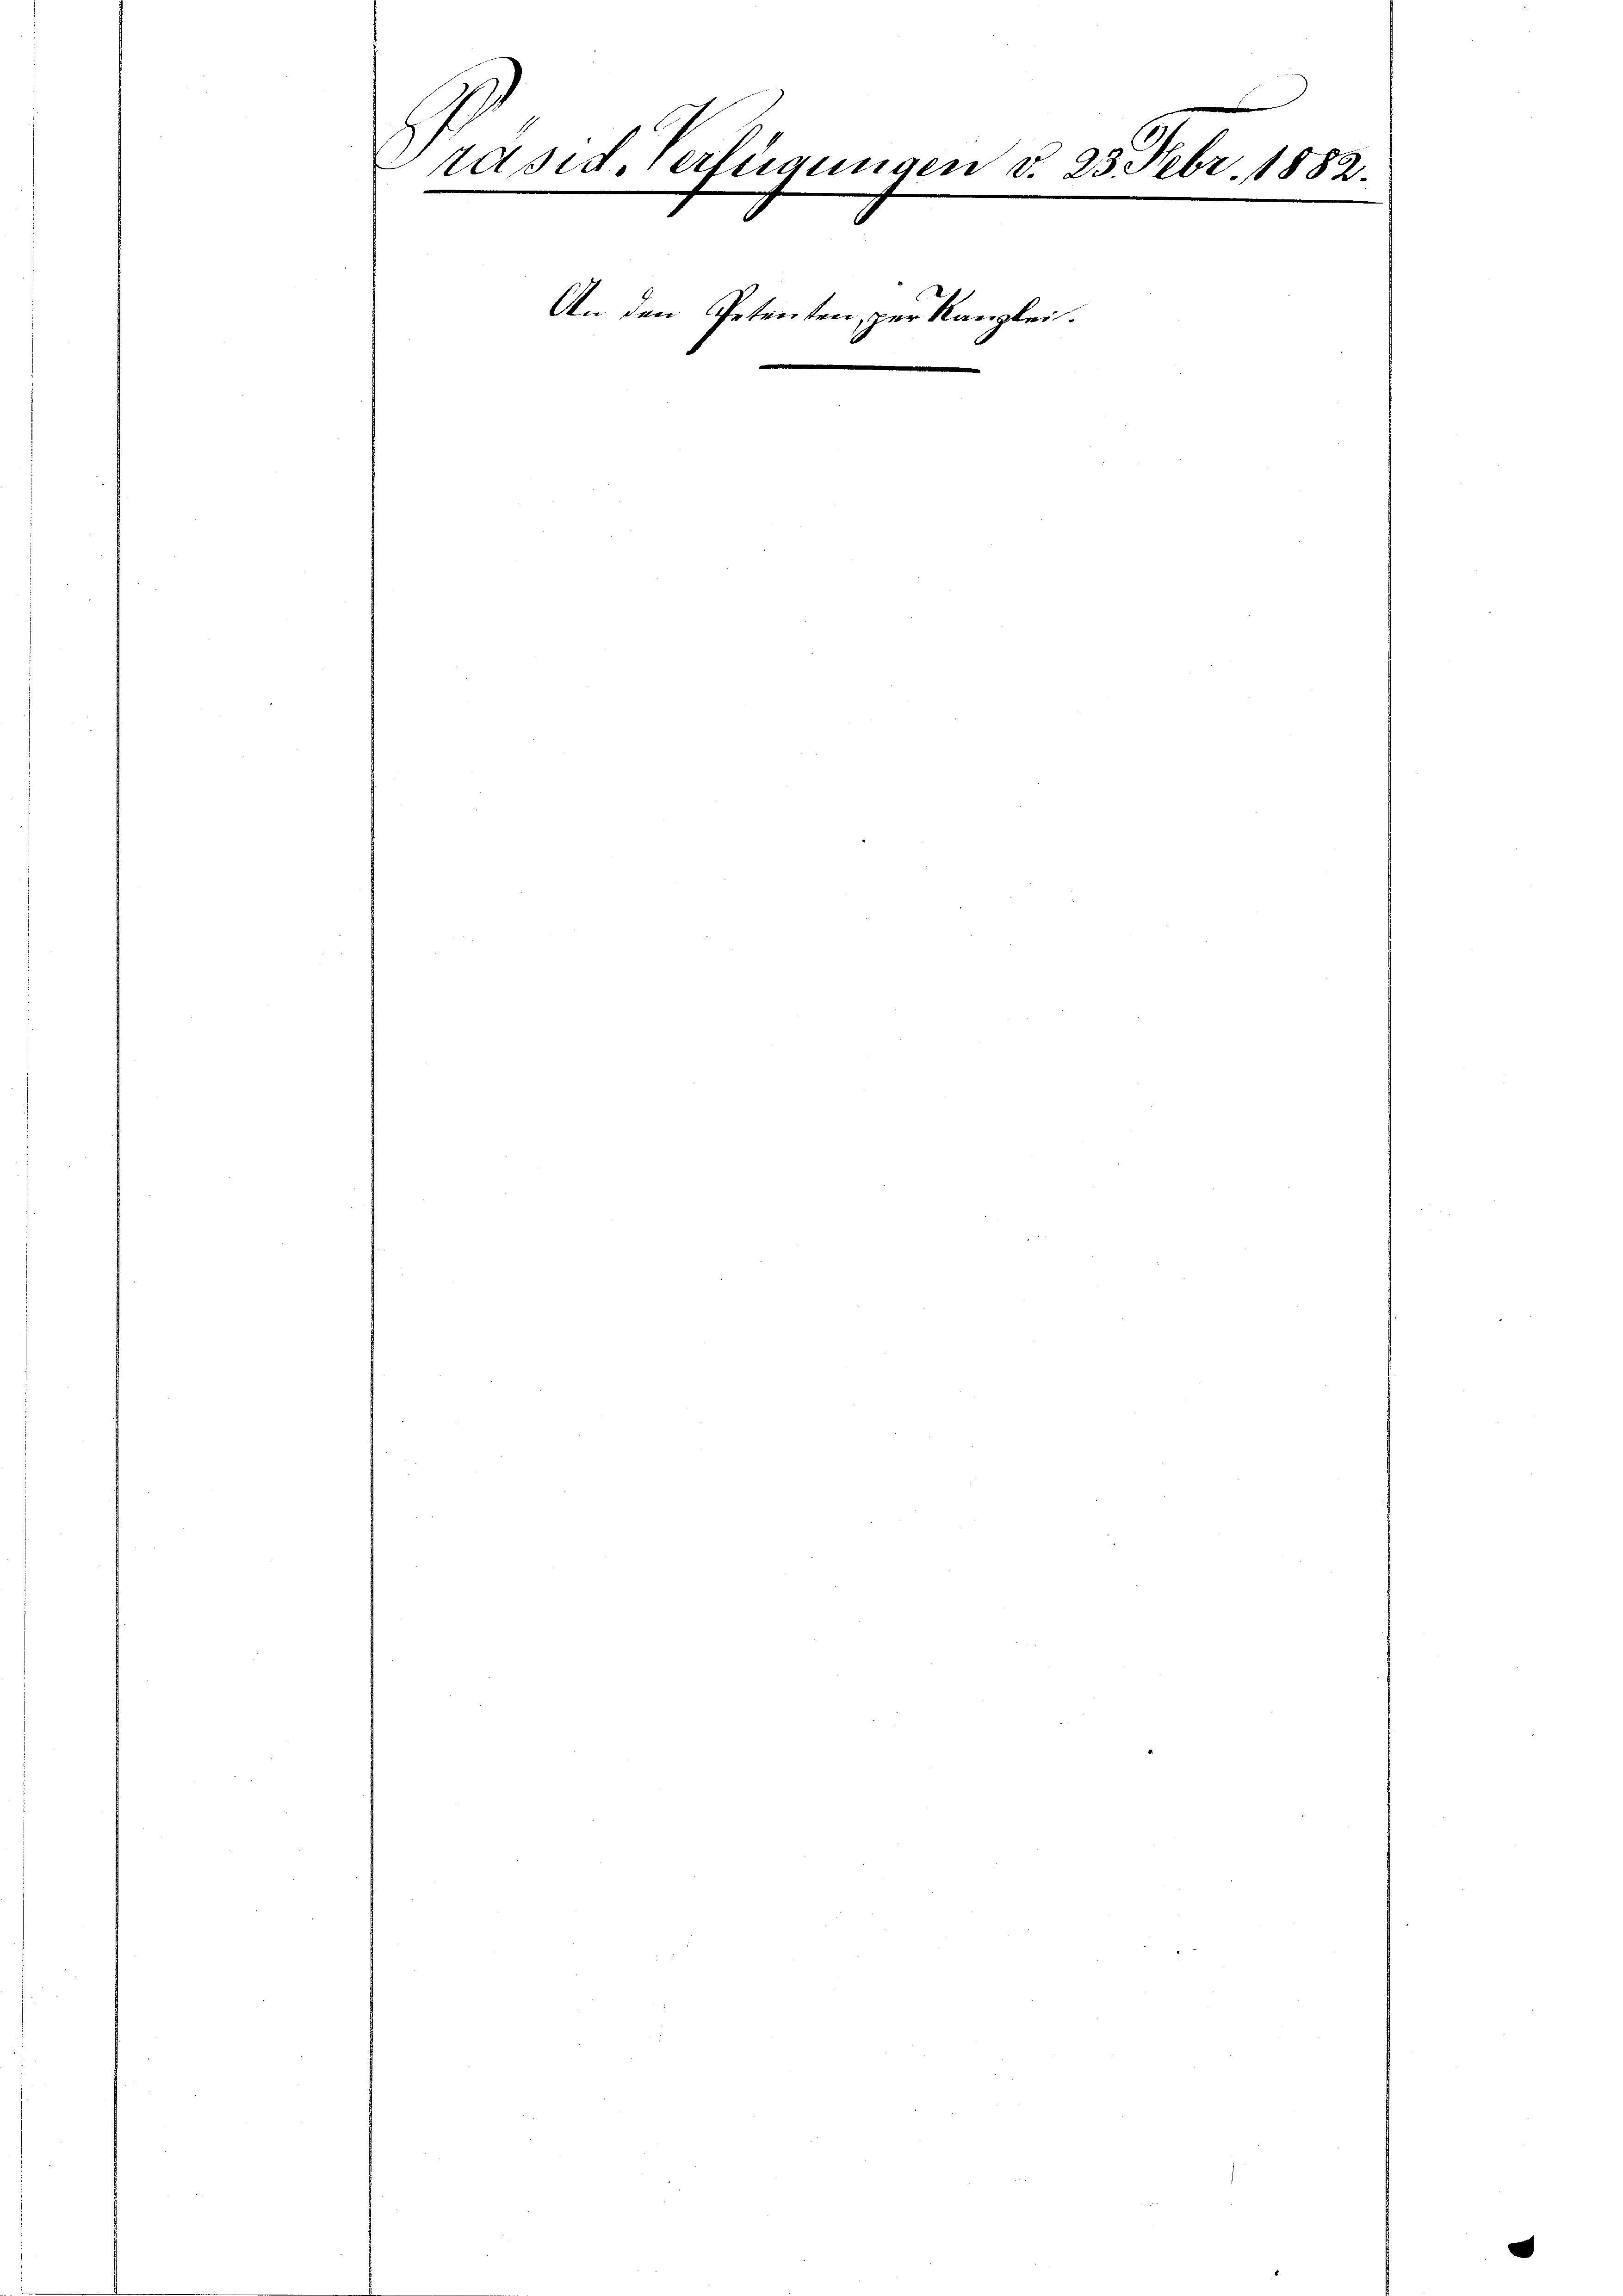
räsid. Verfügungen d. 25. Febr. 1882.
.

An den Petenten, zur Kanzlei.
1